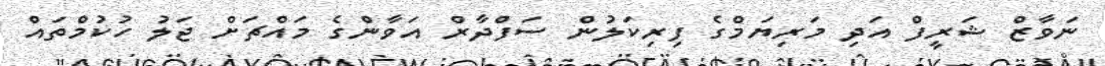
ނަވާޒް ޝަރީފް އަދި މަރިޔަމްގެ ފިރިކަލުން ސަފްދާރް އަވާންގެ މައްޗަށް ޖަލު ހުކުމްތައް